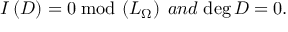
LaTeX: I \left( { \cal D } \right) = 0 \; \mathrm { m o d } \, \left( L _ { \Omega } \right) \; a n d \; \mathrm { d e g } \, { \cal D } = 0 .